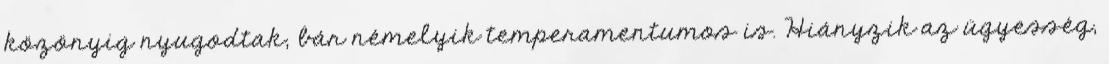
közönyig nyugodtak, bár némelyik temperamentumos is. Hiányzik az ügyesség,